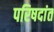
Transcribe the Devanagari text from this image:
परिषदांत